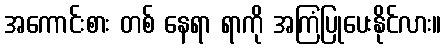
အကောင်းစား တစ် နေရာ ရာကို အကြံပြုပေးနိုင်လား။